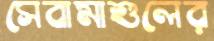
সেবামাশুলের